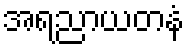
အရညာယတနံ